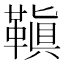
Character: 𩌙